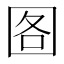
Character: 𮰘